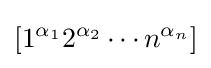
[1^{\alpha _{1}}2^{\alpha _{2}}\dotsm n^{\alpha _{n}}]